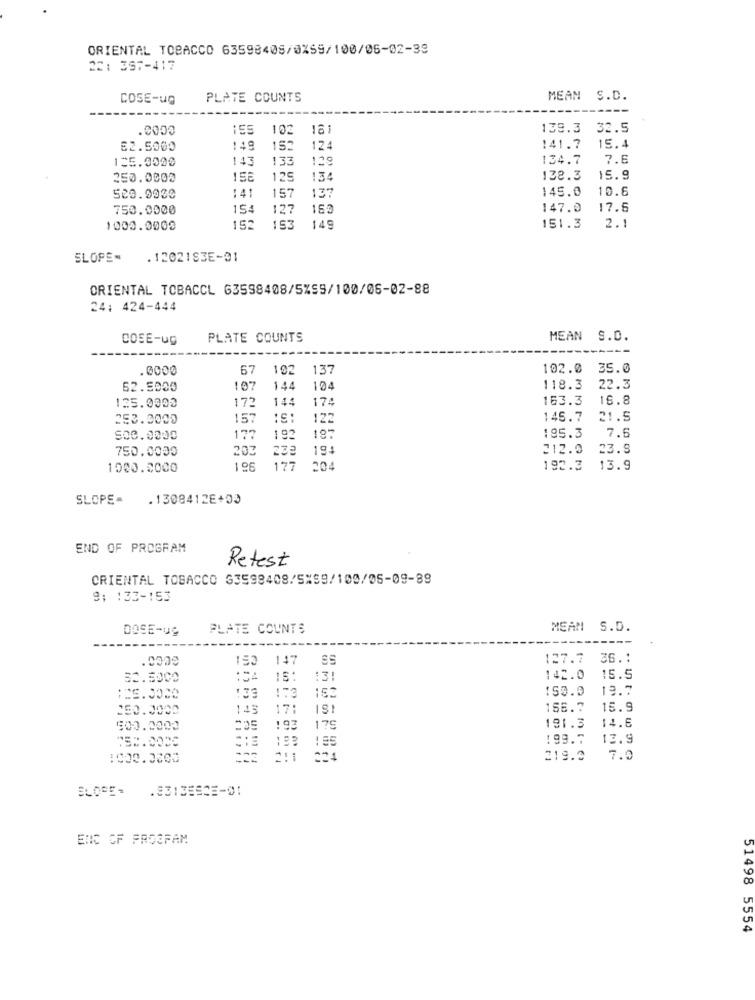
ORIENTAL TOBACCO 63598408/0%59/100/06-02-39
22: 397-417
COSE-ug
PLATE COUNTS
MEAN S.C.
.0000
103
161
139.3
32.5
52.5000
149
152
124
141.7
15.4
125.0000
143
133
129
134.7
7.6
250.0000
125
134
138.3
15.9
:41
157
145.0
10.6
529.9030
750.0000
15
127
147.0
17.6
153
1000.0000
152
149
151.3
2.1
SLOPEN
.1202193E-01
ORIENTAL TOBACCL 63598408/5%99/100/06-02-88
24: 424-444
COSE-UG
PLATE COUNTS
MEAN S.D.
.0000
67
102
137
102.0
35.0
62.5000
107
144
104
118.3
22.3
125.0000
144
174
163.3
16.8
172
253.0000
157
:S
122
145.7
21.5
500.0000
177
192
187
195.3
7.6
750.0000
203
232
194
212.0
23.8
1000.0000
196
177
204
192.3
13.9
SLOPE-
.1308412E+00
END OF PROGRAM
Retest
CRIENTAL TOBACCO 33598408/5%59/100/05-09-89
9: : 33-153
DOSE-UÇ
PLATE COUNTS
MEAN S.D.
---
147
SS
127.7
32.5000
: 04
15:
:31
142.0
15.5
:33
150.9
19.7
163
250.0000
143
17:
1SB. 7
15.9
14.5
500.0000
193
175
181.3
: 99.7
13.9
1000.0300
321
219.3
7.0
BLOGE-
ERIC OF PROOFAM
51498 5554